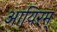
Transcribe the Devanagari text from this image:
आयिरम्